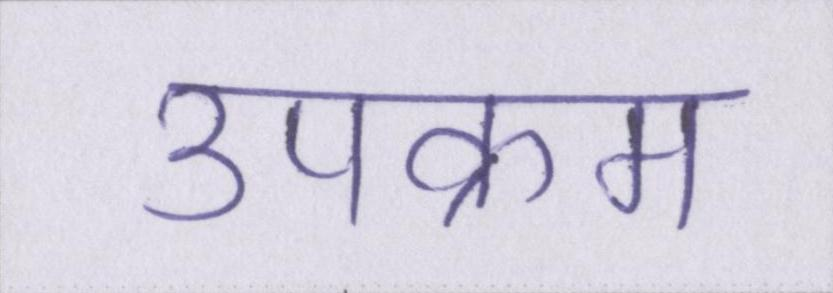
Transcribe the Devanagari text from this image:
उपक्रम